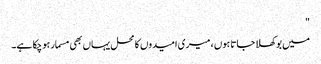
"
میں بوکھلا جاتا ہوں ، میری امیدوں کا محل یہاں بھی مسمار ہو چکا ہے۔